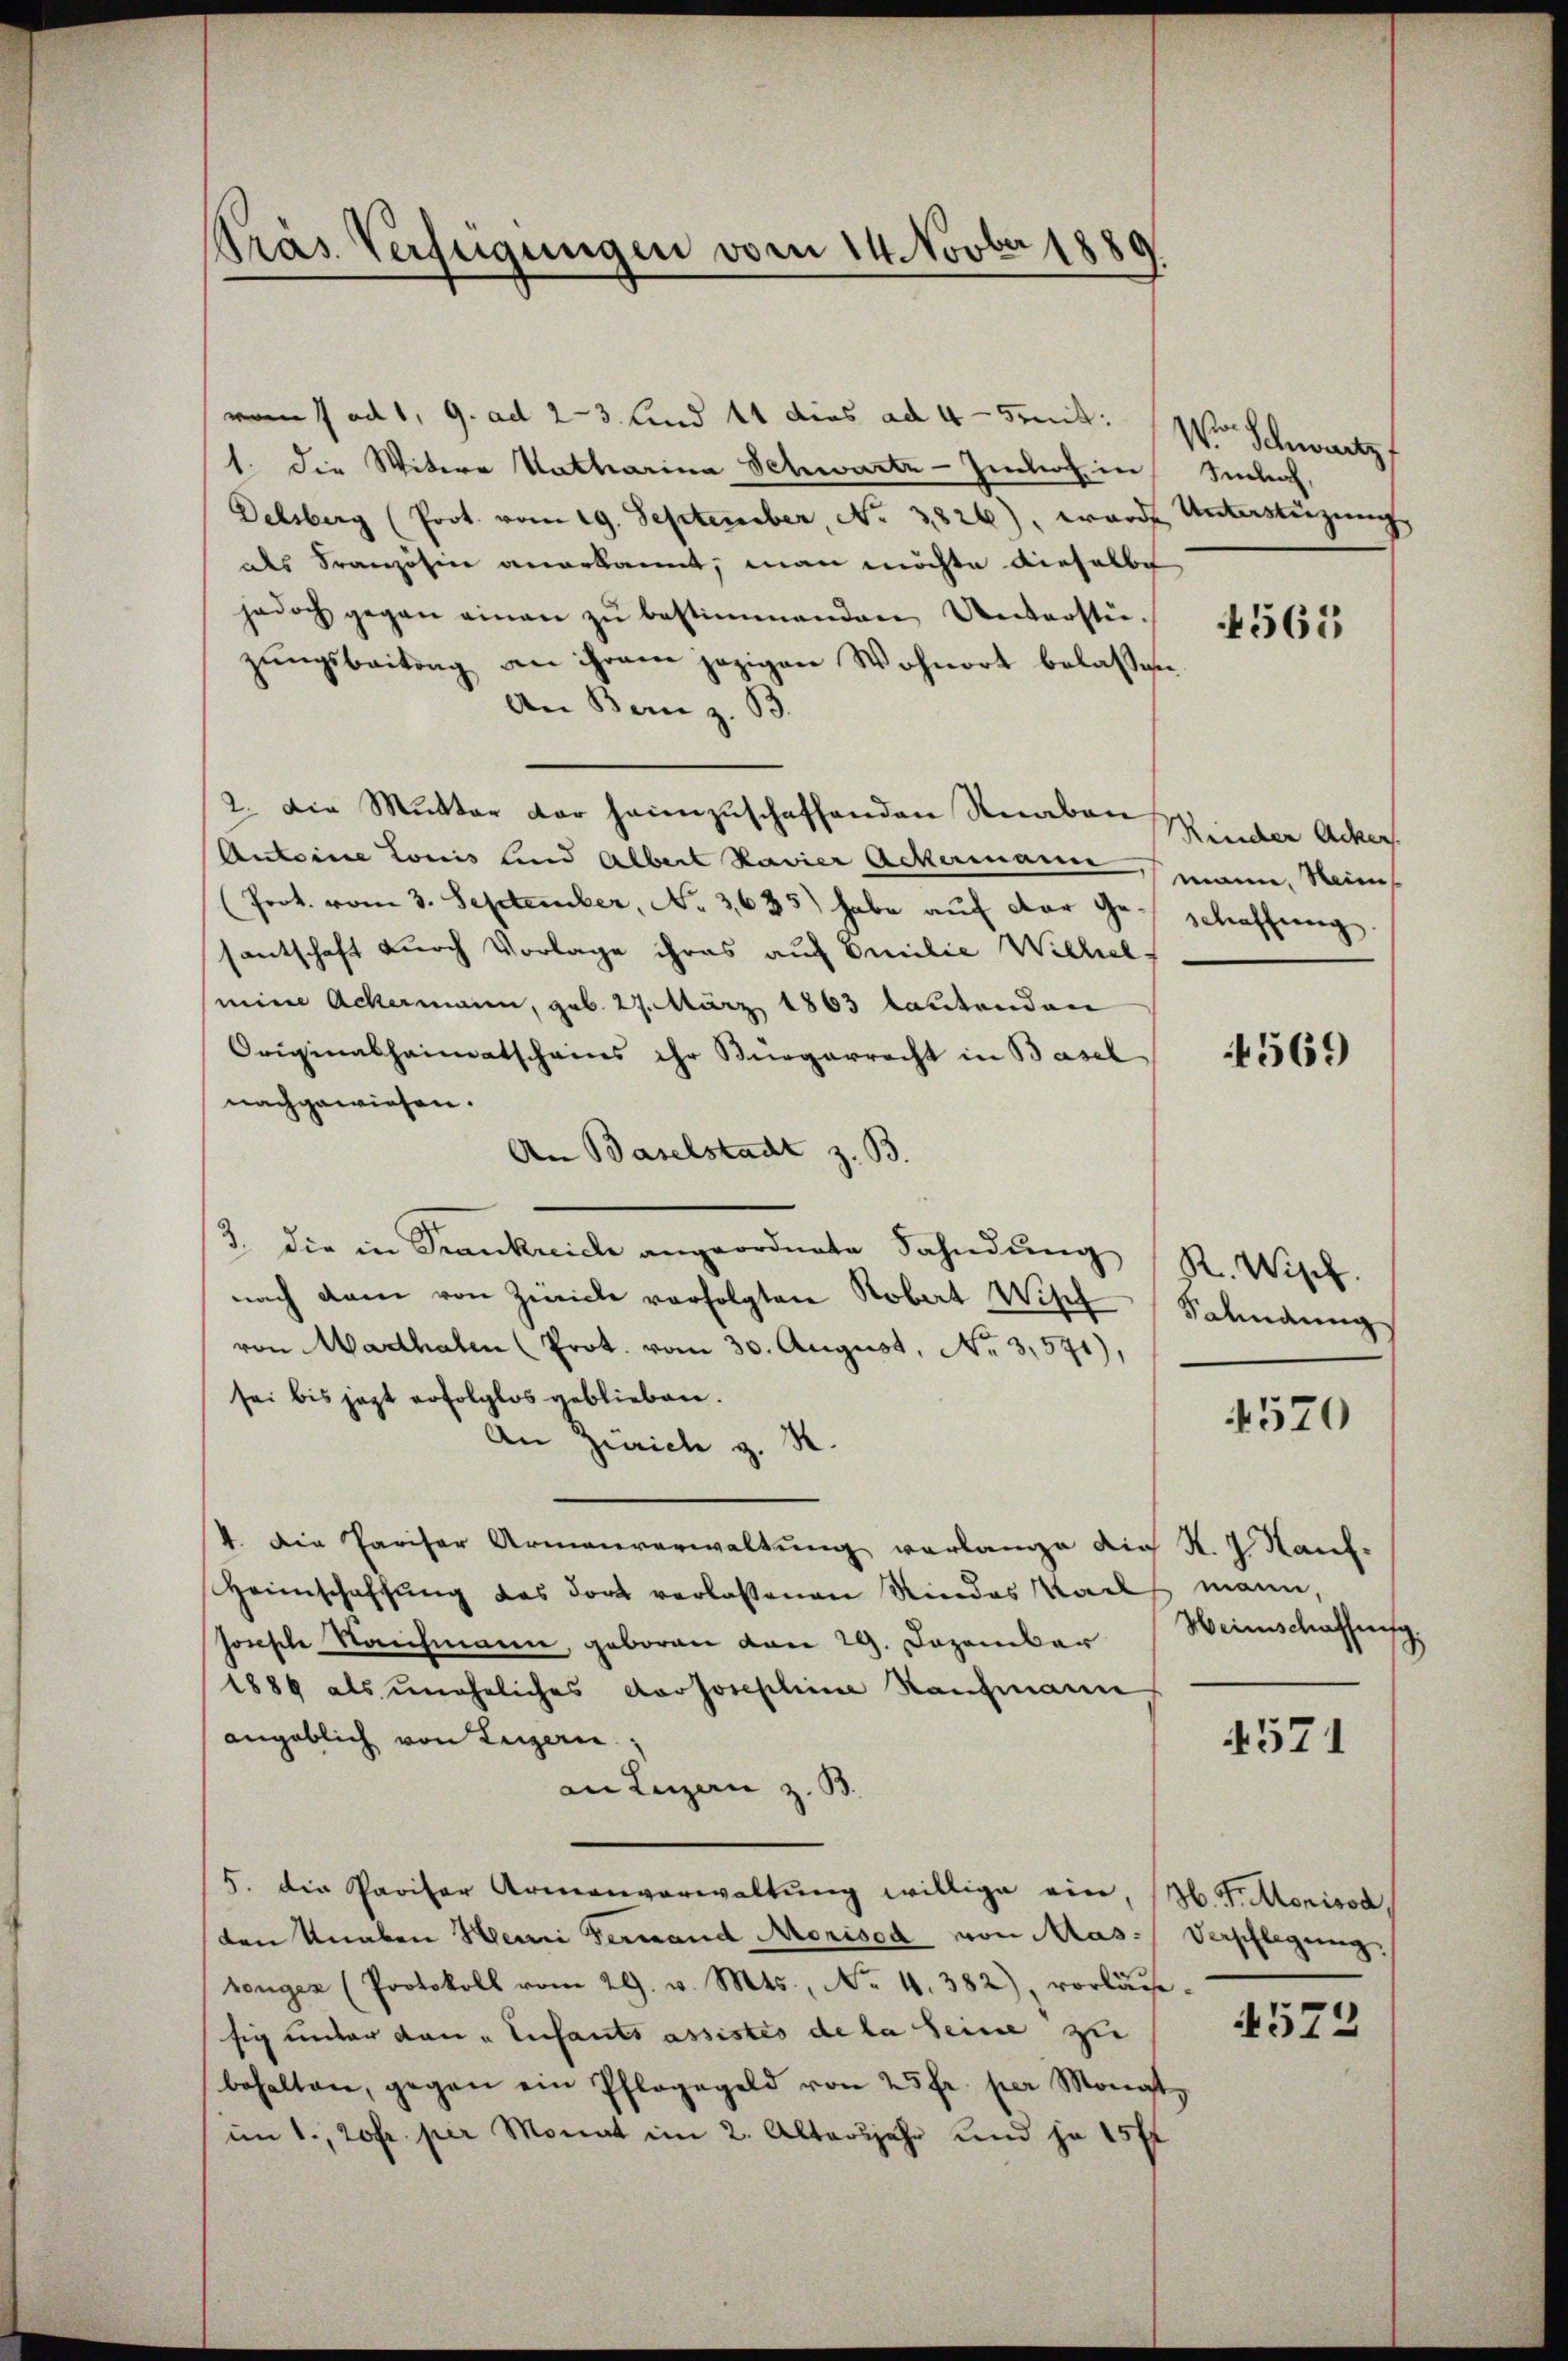
Prás Verfügungen vom 14. Novber 1880

vom 1. ad 1. 9. ad 2-3 Kind 11 dies ad 4 mit:
1. die Witwe Katharina Schwartz - Imhof in
Delsberg (Prot. vom 19. September, No. 3826), wardt Unterstüzung
dls Französine anerkannt, man möchte dieselbe
jedoch gegen einen zŭ bestimmenden Unterstiezungsbeitung an ihrem jezigen Wohnort belassen.
An Bern z. B.
2. Die Mutter der heimzuschaffenden Knaben
Anteine Louis lind Albert Ravier Ackermann mann, Seines
(Prot. vom 3. September, No. 3635) habe aŭf der Geschaffung.
santschaft durch Vorlage ihres auf Emilie Wilhel
mine Ackermann, geb. 27. März 1863 lautenden
Originalheimatscheins ihr Bürgerrecht in Basel
nachgewiesen.
An Baselstadt z. B.
3. die in Frankreich angeordnete Fahndŭng R. Wisch.
nach dem von Zivile verfolgten Robat Wisch Salmanng
von Madhalen (Prot. vom 30. August, No 3,571),
sei bis jezt erfolglos geblieben.
An Zürich z.
4. Die Pariser Armenverwaltung verlange die K. J. Kauf¬
Heimschaffung des dort verlassenen Rindes Saals mann,
sonsche Reichmann, geboren von 29. Dezember Weinschaffung,
1889 als uneheliches Korporepline Kaufmann
angeblich von Legern.
an Luzern z. B.
5. die Pariser Armenverwaltŭng willige ein, b. G. Monisod
den Knaben Hemi Fernand Morised von Mas- Verpflegung,
tenger (Protokoll vom 29. v. Mts., No. 4. 382), vorläu-
sig unter den „Enfants assistes de la seine zu
behalten, gegen ein Pflagegeld von 25 fr. per Monat,
im 1., 20fr. per Monat im 2. Altersjahr und je 15 fl

o Schwartzt
Sinlich,

4563

Rinder Ackers.

4569

4570

4571

4572